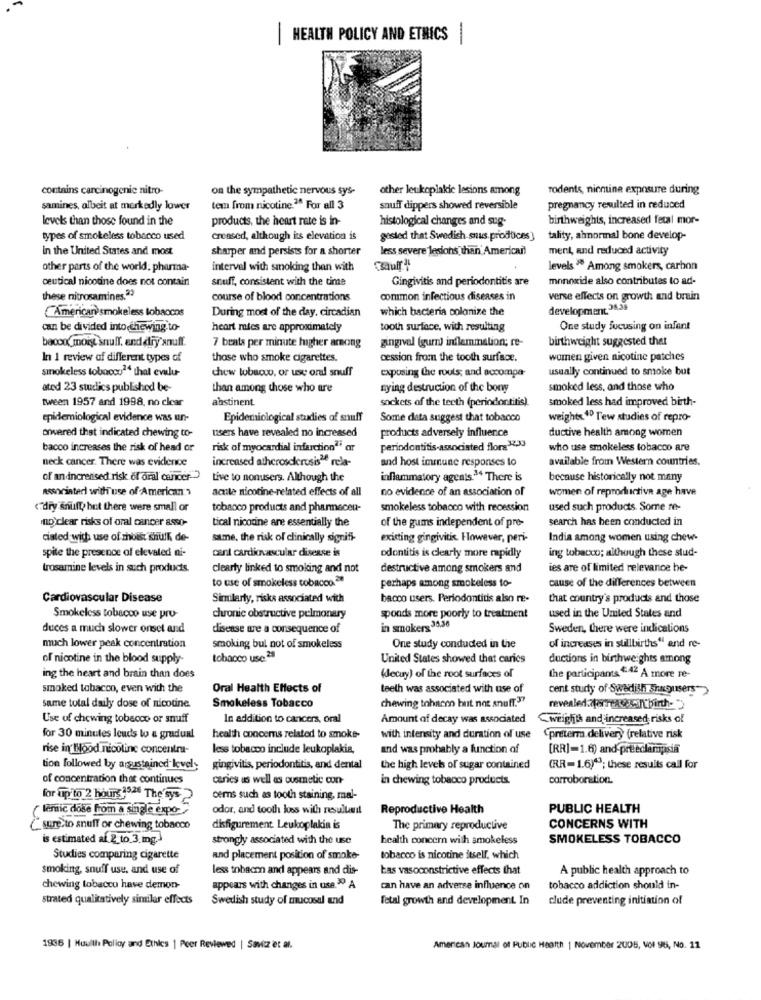
HEALTH POLICY AND ETHICS
contains carcinogenic nitro-
on the sympathetic nervous sys-
other leukoplakic lesions among
rodents, nicnine exposure during
samines, albeit at markedly lower
tem from nicotine."" For all 3
snuff dippers showed reversible
pregnancy resulted in reduced
levels than those found in the
products, the heart rate is in-
histological changes and sug-
birthweights, increased fetal mor-
types of smokeless tobacco used
Creased, although its elevation is
gosted that Swedish snus. produces]
tality, abnormal bone develop-
in the United States and most
sharper and persists for a shorter
less severe lesions than American!
ment, and reduced activity
other parts of the world; pharma-
interval with smoking than with
levels " Among smokers, carbon
ceutical nicotine does not contain
snuff, consistent with the time
Gingivitis and periodontitis are
monoxide also contributes to ad-
these nitrosamines.23
course of blood concentrations
common infectious diseases in
verse effects on growth and brain
American smokeless tobaccos
which bacteria colonize the
development. 34,39
During most of the day. circadian
can be divided into chewing.to-
heart rates are approximately
tooth surface, with resulting
One study focusing on infant
bacon moist snuff. and dry'snuff.
gingival (gumm) inflammation; re-
birthweight suggested that
7 beats per minute higher arsong
In 1 review of different types of
those who smoke cigarettes.
cession from the tooth surface.
women given nicotine patches
smokeless tobacco14 thal evalu-
chew tobacco, or use oral snuff
exposing the routs; and accompa-
usually continued to smoke but
ated 23 studics published be-
than among those who are
Bying destruction of the bony
smoked less, and those who
abstinent
sockets of the teeth (periodontitis).
smoked less had improved birth-
tween 1957 and 1998, no clear
epidemiological evidence was un-
Epidemiological studies of snuff
Some data suggest that tobacco
weight" Tew studies of repro-
onvered that indicated chewing to-
ductive health among women
users have revealed no increased
products adversely influence
bacco increases the risk of head or
risk of myocardial infarction"" ar
periodontitis-associated flora123
who use smokeless tobacco are
neck cancer. There was evidence
increased atherosclerosisle rela-
and host immune responses to
available from Western countries.
of an increased risk of oral cancer"
tive to nonusers. Although the
inflammatory agents." There is
because historically not many
associated with use of American >
acute nicotine-related effects of all
no evidence of an association of
women of reproductive age have
<"dry snult, but there were small or
tobacco products and phannecen-
smokeless tobacco with recession
used such products. Some re-
mp)clear risks of oral cancer asso-
of the gums independent of pre-
search has been conducted in
tical nicotine are essentially the
ciated with use of choist shuth de-
same, the risk of clinically sigrifi-
existing gingivitis. However, peri-
India among women using chew-
spite the presence of elevated ni-
cant cardiovascular disease is
ing tobacco; although these stud-
odontitis is clearly more rapidly
trosamine levels in such products.
clearly linked to smoking and not
destructive among smokers and
ies are of limited relevance be-
to use of smokeless tobacco
perhaps among smokeless to-
cause of the differences between
Cardiovascular Disease
Similarly, risks associated with
bacco users. Periodontitis also re-
that country's products and those
Smokeless tobacco use pro-
chronic obstructive pulmonary
sponds more poorly to treatment
used in the United States and
duces a much slower onset and
disease are a consequence of
in smakery 38,36
Sweden, there were indications
much lower peak concentration
smoking bul not of smokeless
One study conducted in the
of increases in stillbirths" and re-
of nicotine in the blood supply-
tobacco use 28
United States showed that caries
ductions in birthweights among
ing the heart and brain than does
(ecuy) of the root surfaces of
the participants "42 A more re-
smoked tobacco, even with the
Oral Health Effects of
teeth was associated with use of
cent study of Swedish snugusers
chewing tohacon but not snuff.3"
same total daily dose of nicotine
Smokeless Tobacco
revealed. 7farmacibirth-
Use of chewing tobacco or snuff
In addition to cancers, oral
Amount of decay was associated
<weights and increased risks of
for 30 minutes louds to a gradual
health concerns related to smoke-
with intensity and duration of use
"preterm.delivery (relative risk
rise in Blood nicoline concentra-
less tobacco include leukoplakia,
and was probably a function of
[RR]=1.6) and preeclampsia
tion followed by arsustained levels
gingivitis, periodontitis, and dental
the high level of sugar contained
(RR=1.6)43; these results call for
of concentration that continues
caries as well as ousmetic con-
in chewing tobacco products.
carroborstion.
for up to 2 hours""2. The tys
cemns such as tooth staining, mal-
lemic dose from a single expo-
odor, and tooth kes with resultanil
Reproductive Health
PUBLIC HEALTH
sure.to snuff or chewing tobacco
disfigurement Leukoplakia is
The primary reproductive
CONCERNS WITH
is estimated af 2 to 3 mg.)
strongly associated with the use
health concern with smokeless
SMOKELESS TOBACCO
Studies comparing cigarette
and placement position of smoke
tobacco is nicotine itself, which
smoking, snuff use, and use of
less tobacon and appears and dis-
Las vasoconstrictive effects that
A public health approach to
chewing tobacco have demon-
appears with changes in use." A
can have an adverse influence on
tobacco addiction should in-
strated qualitatively similar effects
Swedish study of mucosal and
fetal growth and development. In
clude preventing initiation of
1836 | Muwith Policy and Ethics | Peer Reviewed | Savicz et al.
American Journal of Public Health 1 November 2005, Vol 98, No. 11